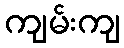
ကျမ်းကျ